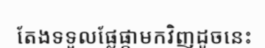
តែងទទួលផ្លែផ្កាមកវិញដូចនេះ